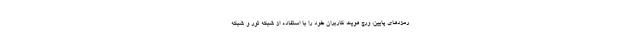
رمزدهای پایین، ورج هویت کاربران خود را با استفاده از شبکه تور و شبکه